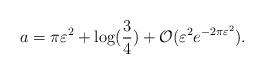
LaTeX: \begin{align*}a = \pi \varepsilon^2 + \log(\frac{3}{4}) + \mathcal{O}(\varepsilon^2 e^{-2\pi \varepsilon^2}).\end{align*}